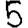
Digit: 5